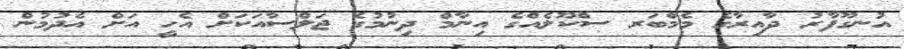
އުނގޫފާރު ދާއިރާގެ މެމްބަރ ސްކޫލެއްގެ އިނާމް ދިނުމުގެ ޖަލްސާއަކަށް އެހީ އަށް އެދުމުން